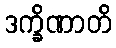
ဒက္ခိဏာတိ